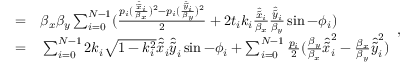
\begin{array} { r l } { = } & { { } \beta _ { x } \beta _ { y } \sum _ { i = 0 } ^ { N - 1 } ( \frac { p _ { i } ( \frac { \hat { \widetilde { x } } _ { i } } { \beta _ { x } } ) ^ { 2 } - p _ { i } ( \frac { \hat { \widetilde { y } } _ { i } } { \beta _ { y } } ) ^ { 2 } } { 2 } + 2 t _ { i } k _ { i } \frac { \hat { \widetilde { x } } _ { i } } { \beta _ { x } } \frac { \hat { \widetilde { y } } _ { i } } { \beta _ { y } } \sin - \phi _ { i } ) } \\ { = } & { { } \sum _ { i = 0 } ^ { N - 1 } 2 k _ { i } \sqrt { 1 - k _ { i } ^ { 2 } } \hat { \widetilde { x } } _ { i } \hat { \widetilde { y } } _ { i } \sin - \phi _ { i } + \sum _ { i = 0 } ^ { N - 1 } \frac { p _ { i } } { 2 } ( \frac { \beta _ { y } } { \beta _ { x } } \hat { \widetilde { x } } _ { i } ^ { 2 } - \frac { \beta _ { x } } { \beta _ { y } } \hat { \widetilde { y } } _ { i } ^ { 2 } ) } \end{array} ,